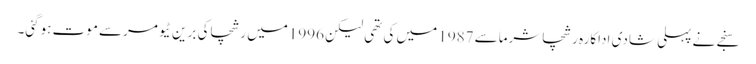
سنجے نے پہلی شادی اداکارہ رشچاشرماسے 1987 میں کی تھی لیکن 1996میں رشچاکی برین ٹیومرسے موت ہوگئی۔